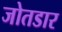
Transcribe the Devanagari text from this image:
जोतडार